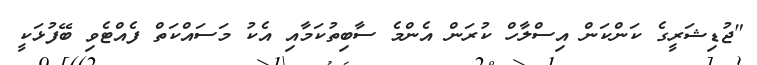
"ޖުޑިޝަރީގެ ކަންކަން އިސްލާހް ކުރަން އެންމެ ސާބިތުކަމާއި އެކު މަސައްކަތް ފެއްޓެވި ބޭފުޅަކީ